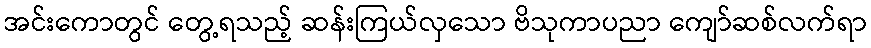
အင်းကောတွင် တွေ့ရသည့် ဆန်းကြယ်လှသော ဗိသုကာပညာ ကျော်ဆစ်လက်ရာ